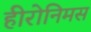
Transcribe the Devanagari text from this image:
हीरोनिमस